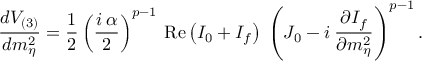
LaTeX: \frac { d V _ { ( 3 ) } } { d m _ { \eta } ^ { 2 } } = \frac { 1 } { 2 } \left( \frac { i \: \alpha } { 2 } \right) ^ { p - 1 } \: \mathrm { R e } \left( I _ { 0 } + I _ { f } \right) \: \left( J _ { 0 } - i \: \frac { \partial I _ { f } } { \partial m _ { \eta } ^ { 2 } } \right) ^ { p - 1 } .